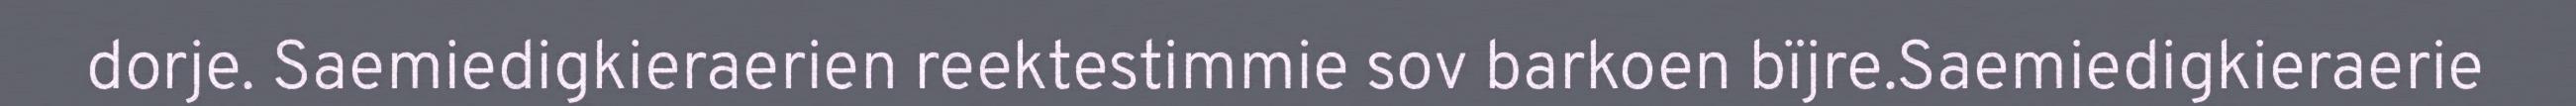
dorje. Saemiedigkieraerien reektestimmie sov barkoen bïjre.Saemiedigkieraerie